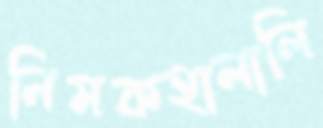
নিমকহালালি